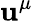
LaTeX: \mathbf{u}^{\mu}